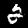
Digit: 2